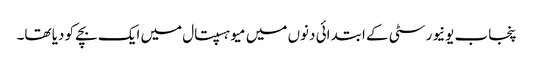
پنجاب یونیورسٹی کے ابتدائی دنوں میں میو ہسپتال میں ایک بچے کو دیا تھا۔